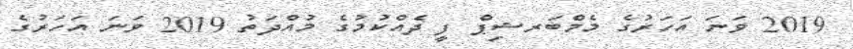
2019 ވަނަ އަހަރުގެ މެމްބަރޝިޕް ފީ ދެއްކުމުގެ މުއްދަތު 2019 ވަނަ އަހަރުގެ